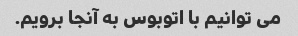
می توانیم با اتوبوس به آنجا برویم.